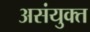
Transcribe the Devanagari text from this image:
असंयुक्‍त